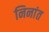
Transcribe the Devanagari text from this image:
निनांत